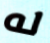
له